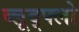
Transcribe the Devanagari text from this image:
ब्लूद्फ्लो